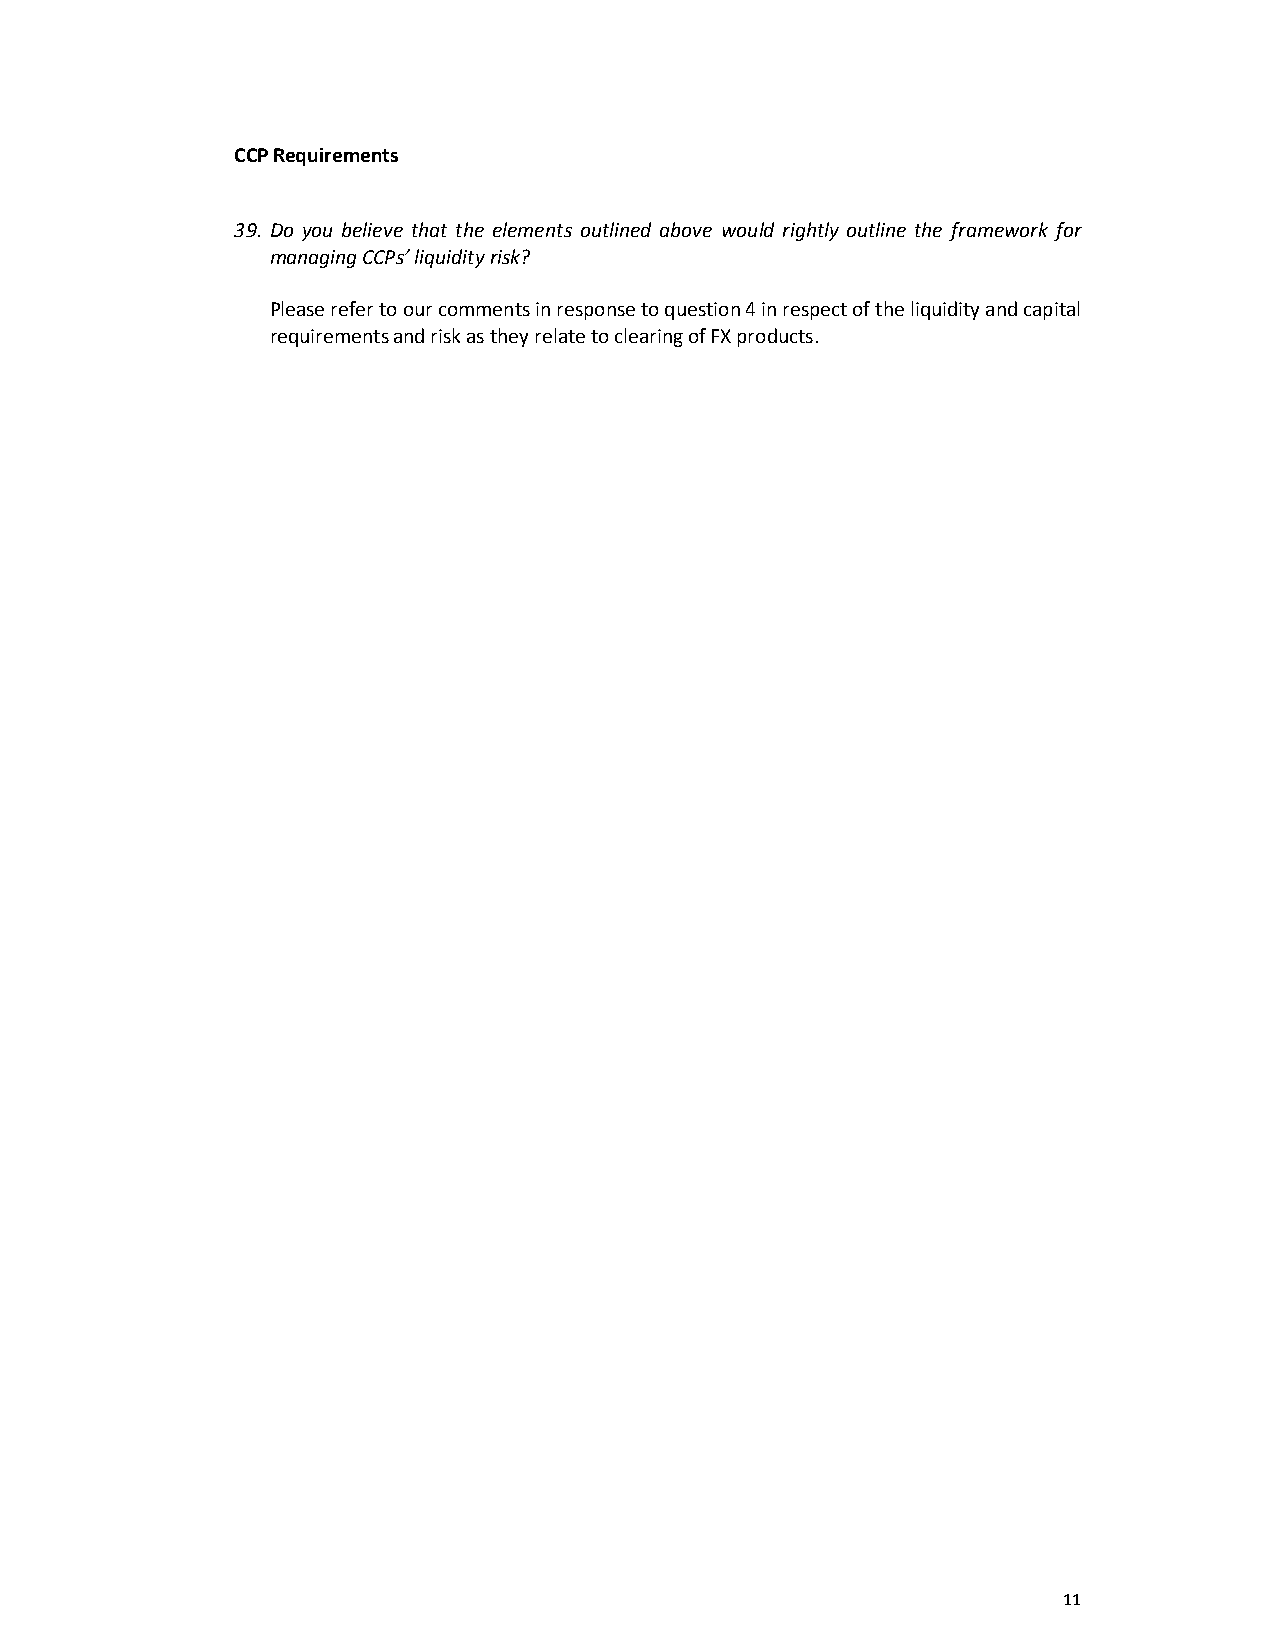
CCP Requirements
 39. Do you believe that the elements outlined above would rightly outline the framework for
 managing CCPs’ liquidity risk?
 Please refer to our comments in response to question 4 in respect of the liquidity and capital
 requirements and risk as they relate to clearing of FX products.
 11